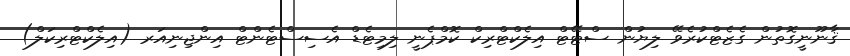
ޤާނޫނީގޮތުން ގެޒެޓްކުރެވޭ ލިޔުން ސްޓޭޓް އިލެކްޓްރިކް ކޮމްޕެނީ ލިމިޓެޑް އެސިސްޓެންޓް އިންޖިނިއަރ (އިލެކްޓްރިކަލް)